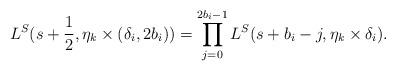
LaTeX: \begin{align*}L^S(s+\frac{1}{2},\eta_k\times(\delta_i,2b_i))=\prod_{j=0}^{2b_i-1}L^S(s+b_i-j,\eta_k\times\delta_i).\end{align*}